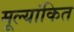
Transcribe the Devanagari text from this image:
मूल्‍यांकित